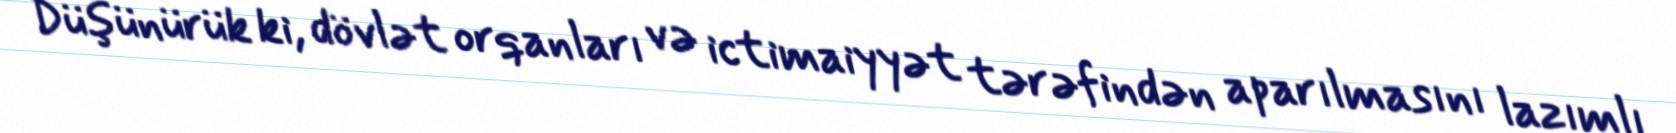
Düşünürük ki, dövlət orqanları və ictimaiyyət tərəfindən aparılmasını lazımlı